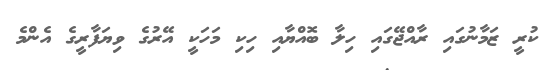
ކުރީ ޒަމާނުގައި ރާއްޖޭގައި ހިލާ ބޮއްޔާއި ހިކި މަހަކީ އޭރުގެ ވިޔަފާރީގެ އެންމެ